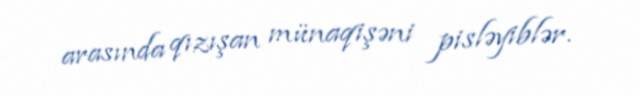
arasında qızışan münaqişəni pisləyiblər.